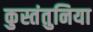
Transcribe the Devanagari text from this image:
कुस्तंतुनिया